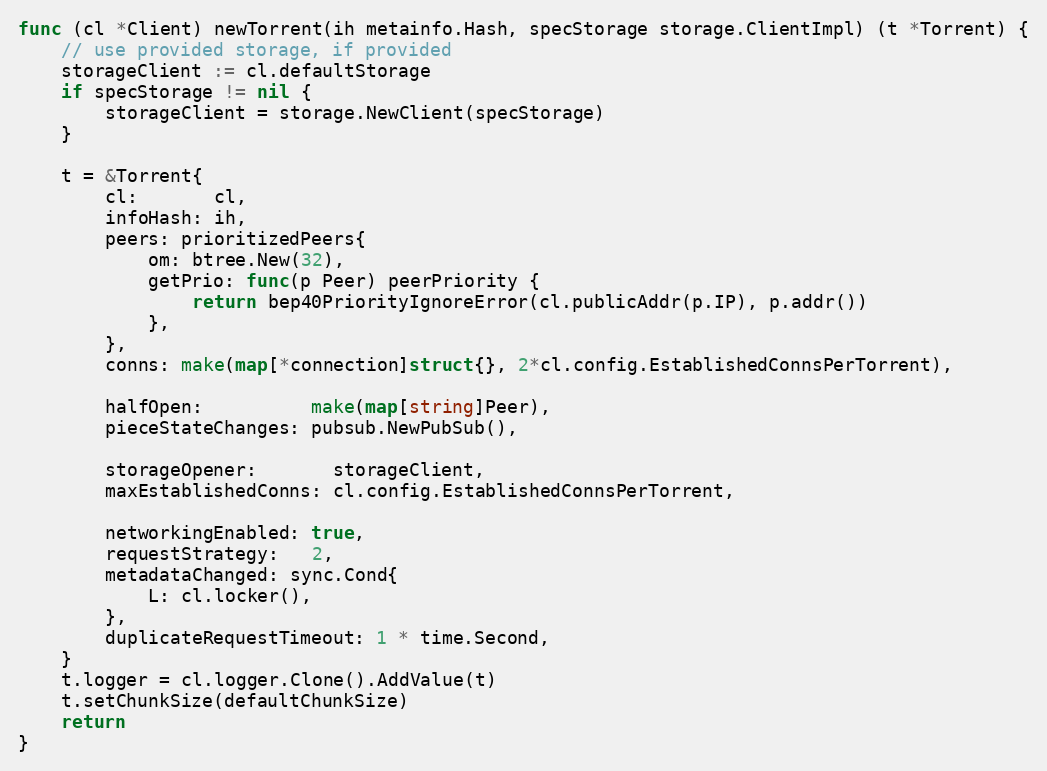
Language: Go
func (cl *Client) newTorrent(ih metainfo.Hash, specStorage storage.ClientImpl) (t *Torrent) {
	// use provided storage, if provided
	storageClient := cl.defaultStorage
	if specStorage != nil {
		storageClient = storage.NewClient(specStorage)
	}

	t = &Torrent{
		cl:       cl,
		infoHash: ih,
		peers: prioritizedPeers{
			om: btree.New(32),
			getPrio: func(p Peer) peerPriority {
				return bep40PriorityIgnoreError(cl.publicAddr(p.IP), p.addr())
			},
		},
		conns: make(map[*connection]struct{}, 2*cl.config.EstablishedConnsPerTorrent),

		halfOpen:          make(map[string]Peer),
		pieceStateChanges: pubsub.NewPubSub(),

		storageOpener:       storageClient,
		maxEstablishedConns: cl.config.EstablishedConnsPerTorrent,

		networkingEnabled: true,
		requestStrategy:   2,
		metadataChanged: sync.Cond{
			L: cl.locker(),
		},
		duplicateRequestTimeout: 1 * time.Second,
	}
	t.logger = cl.logger.Clone().AddValue(t)
	t.setChunkSize(defaultChunkSize)
	return
}